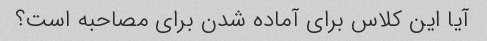
آیا این کلاس برای آماده شدن برای مصاحبه است؟